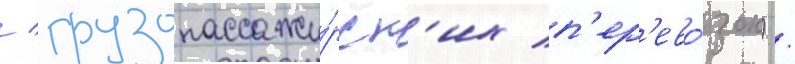
/ грузопассажи́рск'их п'ер'ево́зок) /